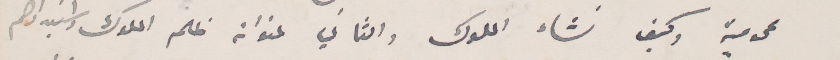
عمويمة وكيف نشاء الملوك والثاني عنوانه ظلم الملوك واستبدادهم